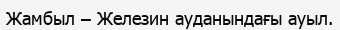
Жамбыл – Железин ауданындағы ауыл.